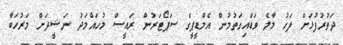
ދަތުރުފުޅަށް ފަހު މާލެ ވަޑައިގަތުމުން އެމްޑީޕީގެ ސަޕޯޓަރުން ރައީސް މުހައްމަދު ނަޝީދަށް މަރުހަބާ